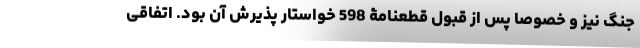
جنگ نیز و خصوصا پس از قبول قطعنامۀ 598 خواستار پذیرش آن بود. اتفاقی